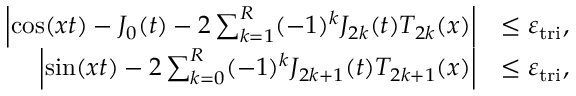
\begin{array} { r l } { \left| \cos ( x t ) - J _ { 0 } ( t ) - 2 \sum _ { k = 1 } ^ { R } ( - 1 ) ^ { k } J _ { 2 k } ( t ) T _ { 2 k } ( x ) \right| } & { \leq \varepsilon _ { \mathrm { t r i } } , } \\ { \left| \sin ( x t ) - 2 \sum _ { k = 0 } ^ { R } ( - 1 ) ^ { k } J _ { 2 k + 1 } ( t ) T _ { 2 k + 1 } ( x ) \right| } & { \leq \varepsilon _ { \mathrm { t r i } } , } \end{array}